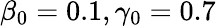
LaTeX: \beta_{0}=0.1,\gamma_{0}=0.7